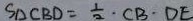
S _ { \Delta C B D } = \frac { 1 } { 2 } \cdot C B \cdot D E